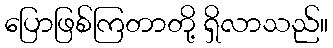
ပြောဖြစ်ကြတာတို့ ရှိလာသည်။